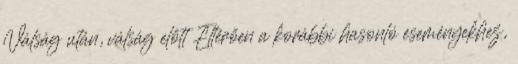
Válság után, válság előtt Eltérően a korábbi hasonló eseményekhez,